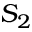
S _ { 2 }